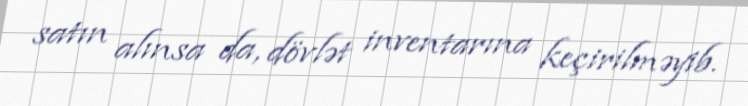
satın alınsa da, dövlət inventarına keçirilməyib.